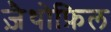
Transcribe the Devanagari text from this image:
ज़ैथोफ़िल